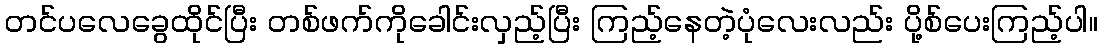
တင်ပလေခွေထိုင်ပြီး တစ်ဖက်ကိုခေါင်းလှည့်ပြီး ကြည့်နေတဲ့ပုံလေးလည်း ပို့စ်ပေးကြည့်ပါ။